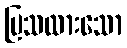
ပြသထားသော